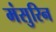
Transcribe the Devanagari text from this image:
मंसुरिन